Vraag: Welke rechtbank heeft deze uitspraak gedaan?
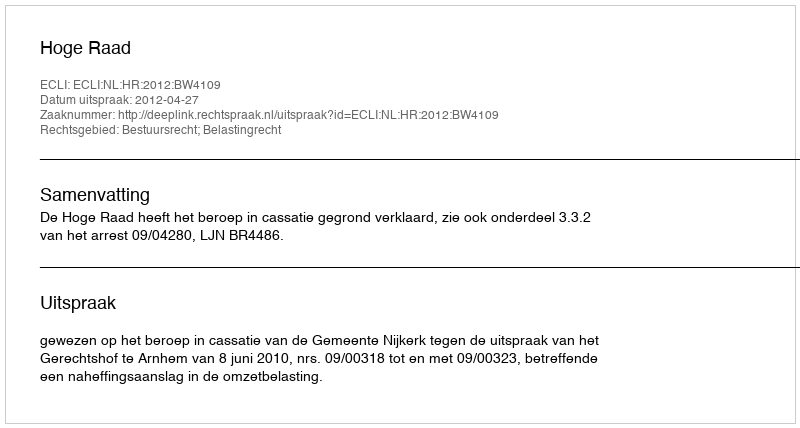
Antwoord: Hoge Raad